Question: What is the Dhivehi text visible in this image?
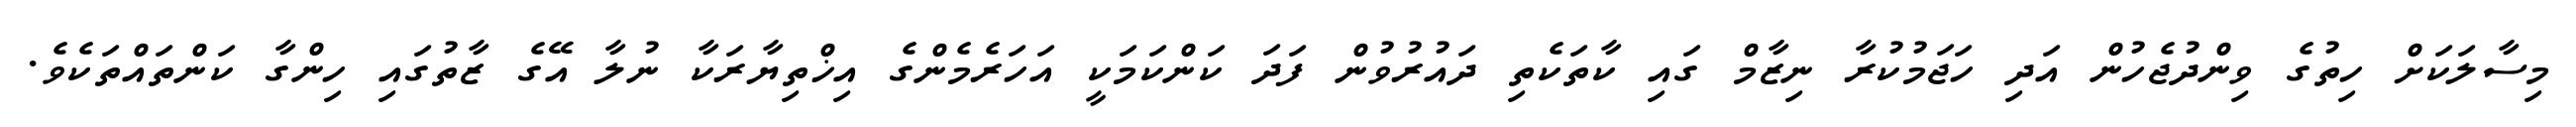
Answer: މިސާލަކަށް ހިތުގެ ވިންދުޖެހުން އަދި ހަޖަމުކުރާ ނިޒާމް ގައި ކާތަކެތި ދައުރުވުން ފަދަ ކަންކަމަކީ އަހަރެމެންގެ އިޚްތިޔާރަކާ ނުލާ އޭގެ ޒާތުގައި ހިންގާ ކަންތައްތަކެވެ.